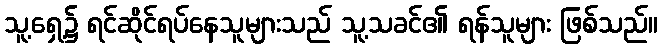
သူ့ရှေ့၌ ရင်ဆိုင်ရပ်နေသူများသည် သူ့သခင်၏ ရန်သူများ ဖြစ်သည်။